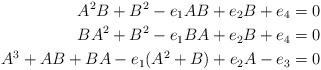
LaTeX: \begin{align*}A^2 B + B^2 - e_1 A B + e_2 B + e_4 &= 0\\B A^2 + B^2 - e_1 B A + e_2 B + e_4 &= 0\\A^3 + A B + B A - e_1 (A^2+B) +e_2 A - e_3 &= 0\end{align*}